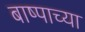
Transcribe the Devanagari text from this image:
बाष्पाच्या